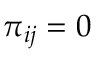
\pi _ { i j } = 0